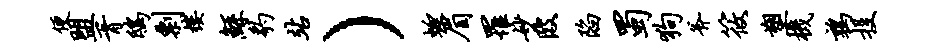
便盟胥鸱剽楼鲧豹站）蜓眉罹妙陂陷蜀狗斧筱塑机鹑投